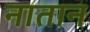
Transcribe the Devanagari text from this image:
नातान